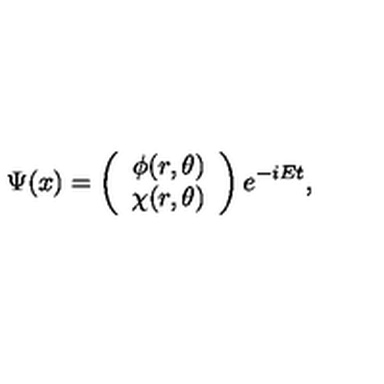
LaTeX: \Psi ( x ) = \left( \begin{array} { c } { \phi ( r , \theta ) } \\ { \chi ( r , \theta ) } \\ \end{array} \right) e ^ { - i E t } ,